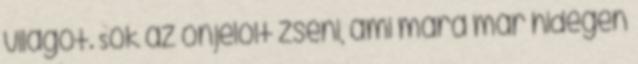
világot. Sok az önjelölt zseni, ami mára már hidegen